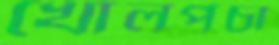
খোলপচা